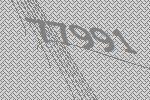
77991